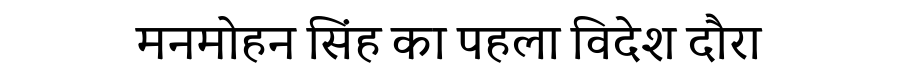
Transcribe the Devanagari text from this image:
मनमोहन सिंह का पहला विदेश दौरा